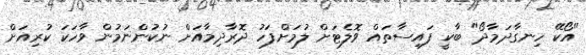
"އޯކޭ ހިނގާދަމާދޯ" ބާކީ ފައިސާތައް ވޮލެޓަށް ލުމަށްފަހު ދޮރާދިމާއަށް ނުކުންނަމުން ވާހަކަ ކުރިއަށް